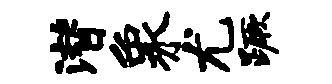
潜象尤蹶